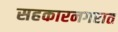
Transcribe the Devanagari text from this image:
सहकारनगरात